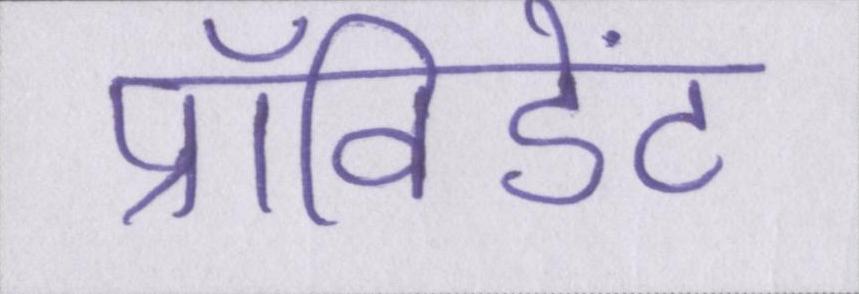
प्रॉविडेंट